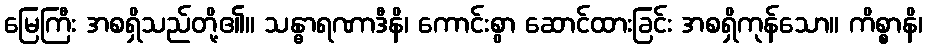
မြေကြီး အစရှိသည်တို့၏။ သန္ဓာရဏာဒီနိ၊ ကောင်းစွာ ဆောင်ထားခြင်း အစရှိကုန်သော။ ကိစ္စာနိ၊